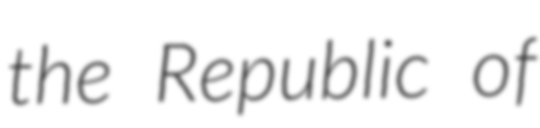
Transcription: the Republic of